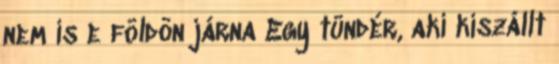
nem is e földön járna Egy tündér, aki kiszállt